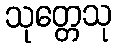
သုတ္တေသု